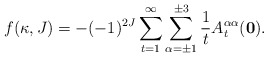
\begin{align*}f(\kappa, J)= - (-1)^{2J} \sum_{t=1} ^\infty\sum_{\alpha= \pm 1} ^{\pm 3} \frac{1}{t}A^{\alpha \alpha}_t({\bf 0}).\end{align*}